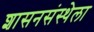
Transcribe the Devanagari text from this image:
शासनसंस्थेला